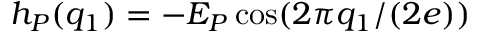
h _ { P } ( q _ { 1 } ) = - E _ { P } \cos ( 2 \pi q _ { 1 } / ( 2 e ) )